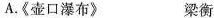
A.《壶口瀑布》 梁衡